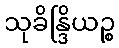
သုခိန္ဒြိယဉ္စ